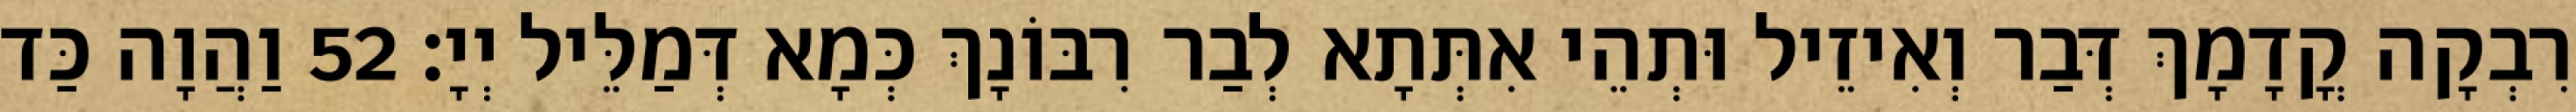
רִבְקָה קֳדָמָךְ דְּבַר וְאִיזֵיל וּתְהֵי אִתְּתָא לְבַר רִבּוֹנָךְ כְּמָא דְּמַלֵּיל יְיָ׃ 52 וַהֲוָה כַּד